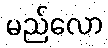
မည်လော